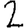
Digit: 2